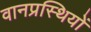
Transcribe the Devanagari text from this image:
वानप्रस्थियों